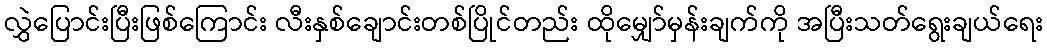
လွှဲပြောင်းပြီးဖြစ်ကြောင်း လီးနှစ်ချောင်းတစ်ပြိုင်တည်း ထိုမျှော်မှန်းချက်ကို အပြီးသတ်ရွေးချယ်ရေး